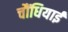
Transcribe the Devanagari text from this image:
चौंधियाई